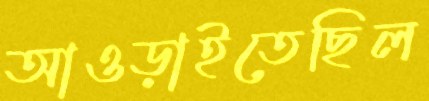
আওড়াইতেছিল